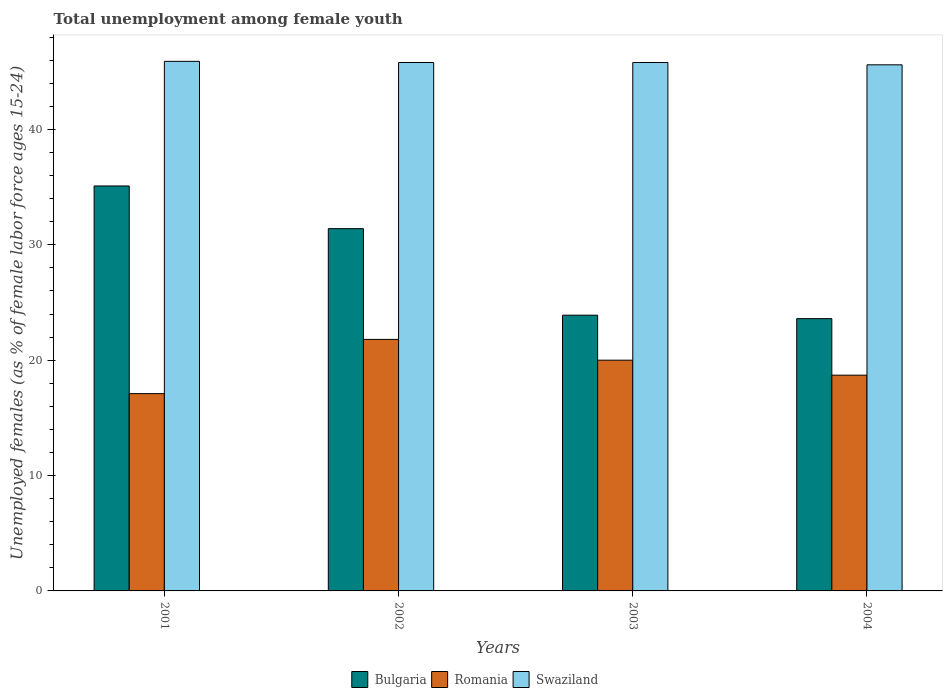
| Years | Bulgaria | Romania | Swaziland |
 | --- | --- | --- | --- |
 | 2001 | 35.1 | 17.1 | 45.9 |
 | 2002 | 31.4 | 21.8 | 45.8 |
 | 2003 | 23.9 | 20 | 45.8 |
 | 2004 | 23.6 | 18.7 | 45.6 |